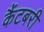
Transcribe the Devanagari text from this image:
कैंटबरी